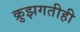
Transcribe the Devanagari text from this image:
क्रुझगतीही